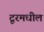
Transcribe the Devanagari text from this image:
टूरमधील